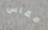
مقاس